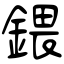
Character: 鍡